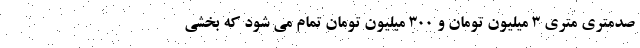
صدمتری متری ۳ میلیون تومان و ۳۰۰ میلیون تومان تمام می شود که بخشی